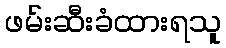
ဖမ်းဆီးခံထားရသူ